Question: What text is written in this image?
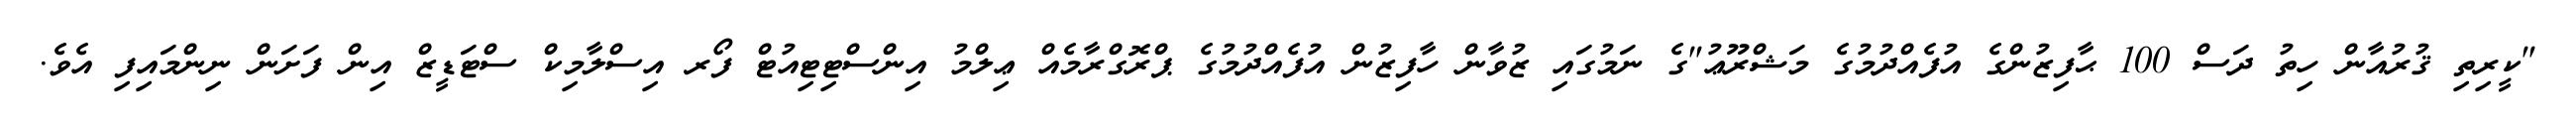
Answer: "ކީރިތި ޤުރުއާން ހިތު ދަސް 100 ޙާފިޒުންގެ އުފެއްދުމުގެ މަޝްރޫޢު"ގެ ނަމުގައި ޒުވާން ހާފިޒުން އުފެއްދުމުގެ ޕްރޮގްރާމެއް ޢިލްމު އިންސްޓިޓިއުޓް ފޯރ އިސްލާމިކް ސްޓަޑީޒް އިން ފަށަން ނިންމައިފި އެވެ.